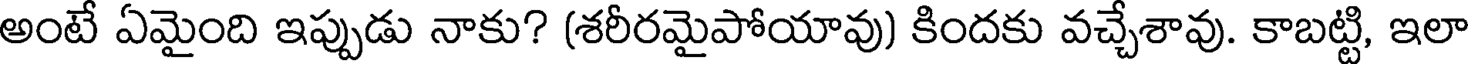
అంటే ఏమైంది ఇప్పుడు నాకు? (శరీరమైపోయావు) కిందకు వచ్చేశావు. కాబట్టి, ఇలా